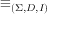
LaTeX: \equiv _ { ( \Sigma , D , I ) }